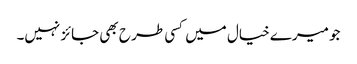
جو میرے خیال میں کسی طر ح بھی جائز نہیں۔